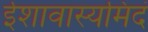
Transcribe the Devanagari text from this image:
ईशावास्यमिदं